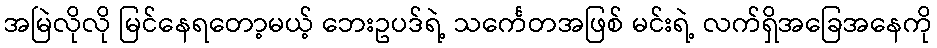
အမြဲလိုလို မြင်နေရတော့မယ့် ဘေးဥပဒ်ရဲ့ သင်္ကေတအဖြစ် မင်းရဲ့ လက်ရှိအခြေအနေကို